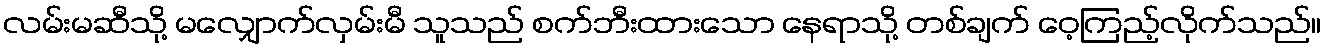
လမ်းမဆီသို့ မလျှောက်လှမ်းမီ သူသည် စက်ဘီးထားသော နေရာသို့ တစ်ချက် ဝေ့ကြည့်လိုက်သည်။